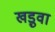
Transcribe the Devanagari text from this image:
खड़ुवा